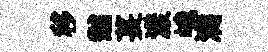
移黼萇漾峨满